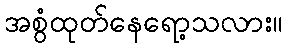
အစွံထုတ်နေရော့သလား။